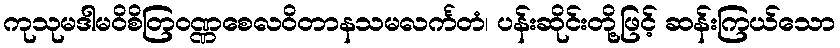
ကုသုမဒါမဝိစိတြဝဏ္ဏစေလဝိတာနသမလင်္ကတံ၊ ပန်းဆိုင်းတို့ဖြင့် ဆန်းကြယ်သော